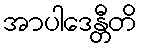
အာပါဒေန္တီတိ